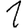
Digit: 1